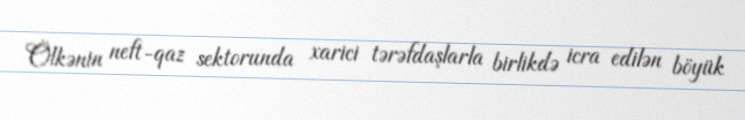
Ölkənin neft-qaz sektorunda xarici tərəfdaşlarla birlikdə icra edilən böyük